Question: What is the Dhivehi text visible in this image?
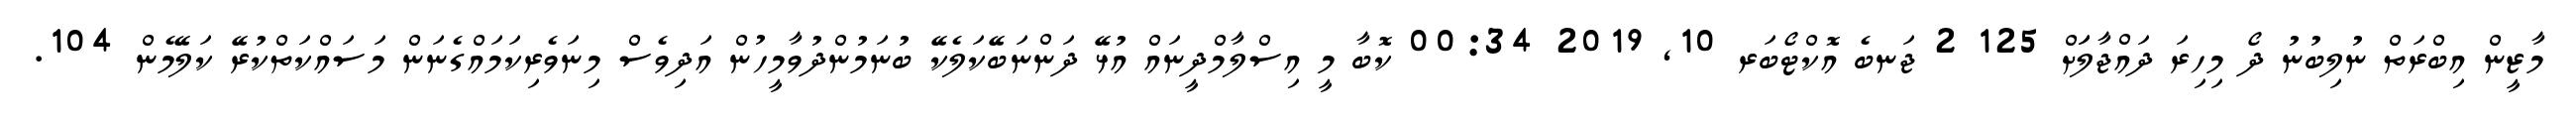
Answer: މާޒީން އިބްރަތް ނުލިބުނު ދޯ މިހިރަ ދައްޖާލަަށް 125 2 ޖަނބެ އޮކްޓޯބަރ 10, 2019 00:34 ކޮބާ މީ އިސްލާމްދީނައް އުޅޭ ދަންނަބޭކަލެކޭ ބުނަމުންދުވާމީހުން އަދިވެސް މިނަވެރިކަމައްގެނަން މަސައްކަތްކުރޭ ކަލޭމެން 104.